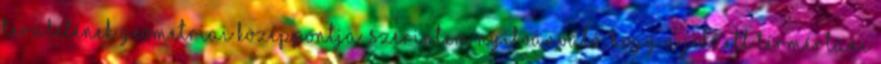
területének geometriai középpontja. Szerintem nyilvánvaló, hogy a jelzett térmértani